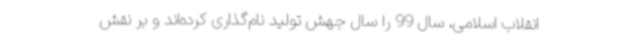
انقلاب اسلامی، سال 99 را سال جهش تولید نام‌گذاری کرده‌اند و بر نقش